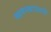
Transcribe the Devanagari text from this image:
व्यवस्थावाली